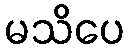
မသိပေ